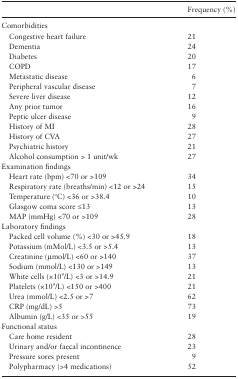
<table><thead><tr><td></td><td><b>Frequency (%)</b></td></tr><tr><td colspan="2"><b>Comorbidities</b></td></tr></thead><tbody><tr><td><b> </b>Congestive heart failure</td><td>21</td></tr><tr><td><b> </b>Dementia</td><td>24</td></tr><tr><td><b> </b>Diabetes</td><td>20</td></tr><tr><td><b> </b>COPD</td><td>17</td></tr><tr><td><b> </b>Metastatic disease</td><td>6</td></tr><tr><td><b> </b>Peripheral vascular disease</td><td>7</td></tr><tr><td><b> </b>Severe liver disease<b> </b>Any prior tumor</td><td>1216</td></tr><tr><td><b> </b>Peptic ulcer disease</td><td>9</td></tr><tr><td><b> </b>History of MI</td><td>28</td></tr><tr><td><b> </b>History of CVA</td><td>27</td></tr><tr><td><b> </b>Psychiatric history</td><td>21</td></tr><tr><td><b> </b>Alcohol consumption &gt; 1 unit/wk</td><td>27</td></tr><tr><td colspan="2">Examination findings</td></tr><tr><td><b> </b>Heart rate (bpm) &lt;70 or &gt;109</td><td>34</td></tr><tr><td><b> </b>Respiratory rate (breaths/min) &lt;12 or &gt;24</td><td>15</td></tr><tr><td><b> </b>Temperature (<sup>o</sup>C) &lt;36 or &gt;38.4</td><td>10</td></tr><tr><td><b> </b>Glasgow coma score ≤13</td><td>13</td></tr><tr><td><b> </b>MAP (mmHg) &lt;70 or &gt;109</td><td>28</td></tr><tr><td colspan="2">Laboratory findings</td></tr><tr><td><b> </b>Packed cell volume (%) &lt;30 or &gt;45.9</td><td>18</td></tr><tr><td><b> </b>Potassium (mMol/L) &lt;3.5 or &gt;5.4</td><td>13</td></tr><tr><td><b> </b>Creatinine (μmol/L) &lt;60 or &gt;140</td><td>37</td></tr><tr><td><b> </b>Sodium (mmol/L) &lt;130 or &gt;149</td><td>13</td></tr><tr><td><b> </b>White cells (×10<sup>9</sup>/L) &lt;3 or &gt;14.9</td><td>21</td></tr><tr><td><b> </b>Platelets (×10<sup>9</sup>/L) &lt;150 or &gt;400</td><td>21</td></tr><tr><td><b> </b>Urea (mmol/L) &lt;2.5 or &gt;7</td><td>62</td></tr><tr><td><b> </b>CRP (mg/dL) &gt;5</td><td>73</td></tr><tr><td><b> </b>Albumin (g/L) &lt;35 or &gt;55</td><td>19</td></tr><tr><td colspan="2">Functional status</td></tr><tr><td><b> </b>Care home resident</td><td>28</td></tr><tr><td><b> </b>Urinary and/or faecal incontinence</td><td>23</td></tr><tr><td><b> </b>Pressure sores present</td><td>9</td></tr><tr><td><b> </b>Polypharmacy (&gt;4 medications)</td><td>52</td></tr></tbody></table>